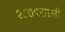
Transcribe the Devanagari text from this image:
१८७९साली